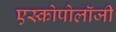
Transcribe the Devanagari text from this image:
एस्कोपोलॉजी